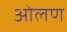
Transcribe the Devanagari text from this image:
ओलण